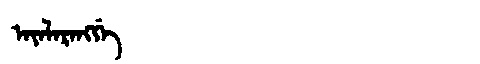
Manchu: ᠠᠶᠠᠯᠠᡵᠠᠩᡤᡝ
Romanization: AYALARANGGE